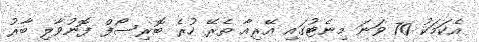
އެކަމަކު 70 ވަނަ މިނެޓުގައި އޭރިއާ ތެރޭ ހުރެ ބޮރިސޯފް ފޮނުވާލި ބާރު